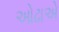
ઓઢાએ